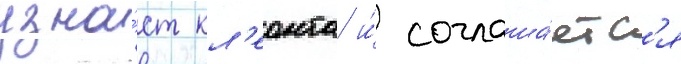
узна́ет кл'еонта и́ соглаша́етс'я